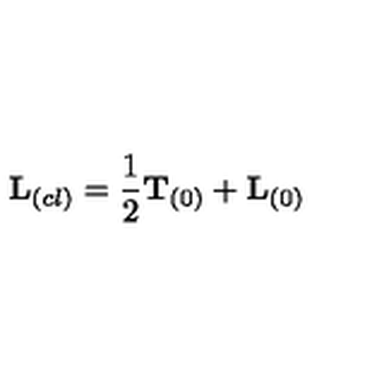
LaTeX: { \bf L } _ { ( c l ) } = \frac { 1 } { 2 } { \bf T } _ { ( 0 ) } + { \bf L } _ { ( 0 ) }